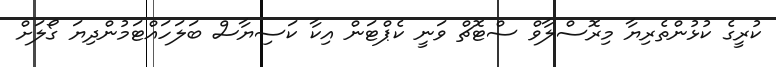
ކުރީގެ ކުޅުންތެރިޔާ މިރޮސްލާވް ސްޓޮޗް ވަނީ ކެޕްޓަން އިކާ ކަސިޔާސް ބަލަހައްޓަމުންދިޔަ ގޯލަށް